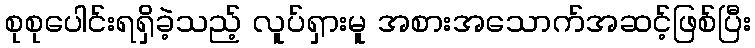
စုစုပေါင်းရရှိခဲ့သည့် လူပ်ရှားမူ အစားအသောက်အဆင့်ဖြစ်ပြီး